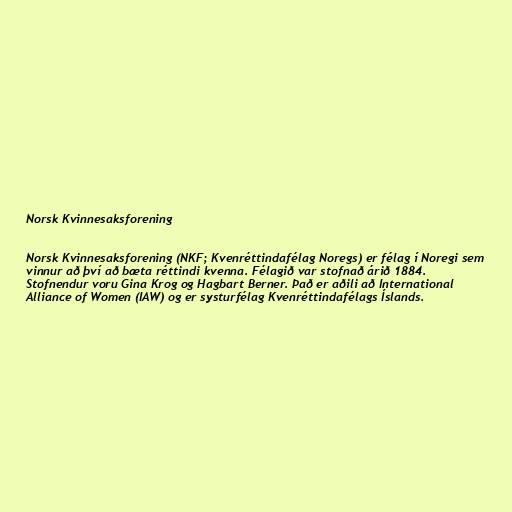
Norsk Kvinnesaksforening

Norsk Kvinnesaksforening (NKF; Kvenréttindafélag Noregs) er félag í Noregi sem
vinnur að því að bæta réttindi kvenna. Félagið var stofnað árið 1884.
Stofnendur voru Gina Krog og Hagbart Berner. Það er aðili að International
Alliance of Women (IAW) og er systurfélag Kvenréttindafélags Íslands.